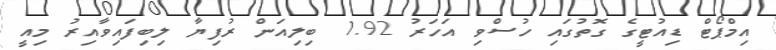
އިމްޕޯޓް ޑިއުޓީގެ ގޮތުގައި ހުސްވި އަހަރު 1.92 ބިލިއަން ރުފިޔާ ލިބިފައިވާއިރު މިއީ